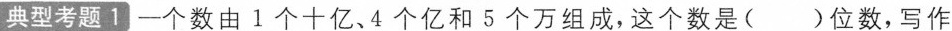
典型考题1一个数由1个十亿、4个亿和5个万组成，这个数是( )位数，写作